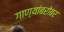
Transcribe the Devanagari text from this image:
गाण्यांबरोबर